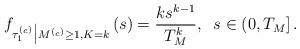
LaTeX: \begin{align*}f_{\tau^{(_c)}_1\big\vert M^{(_c)}\geq 1, K=k}\left(s\right) = \frac{k s^{k-1}}{T_{M}^k}, \;\;s\in \left(0,T_{M}\right].\end{align*}